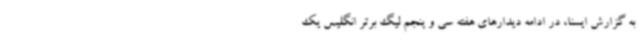
به گزارش ایسنا، در ادامه دیدارهای هفته سی و پنجم لیگ برتر انگلیس یک